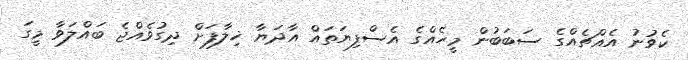
ކެވުނު އެއްޗެއްގެ ސަބަބުން މީހެއްގެ އެސްފިޔަތައް އާދަޔާ ޚިލާފަށް ދިގުވެއްޖެ ބައްލަވާ މީގަ